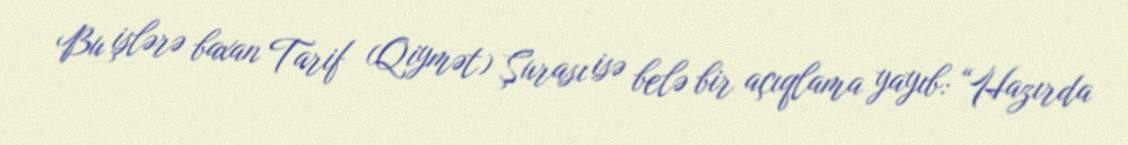
Bu işlərə baxan Tarif (Qiymət) Şurası isə belə bir açıqlama yayıb: “Hazırda